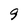
Character: 9